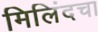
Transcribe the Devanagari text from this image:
मिलिंदचा